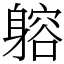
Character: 𨉷